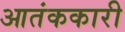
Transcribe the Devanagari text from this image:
आतंककारी